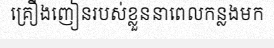
គ្រឿងញៀនរបស់ខ្លួននាពេលកន្លងមក